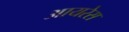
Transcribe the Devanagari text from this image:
आयरेस